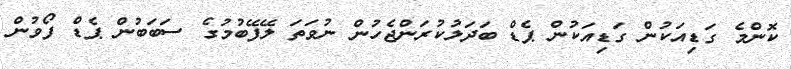
ކޮންމެ ގަޑިއަކުން ގަޑިއަކުން ޕެޑް ބަދަލުކުރަންޖެހުން ނުވަތަ ލޭފޭބުމުގެ ސަބަބުން ޕެޑް ފޯވުން